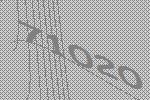
71020